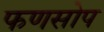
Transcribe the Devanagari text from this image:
फणसोप